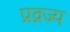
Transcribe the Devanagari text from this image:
प्रव्रज्य